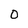
Character: 0